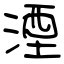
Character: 湮